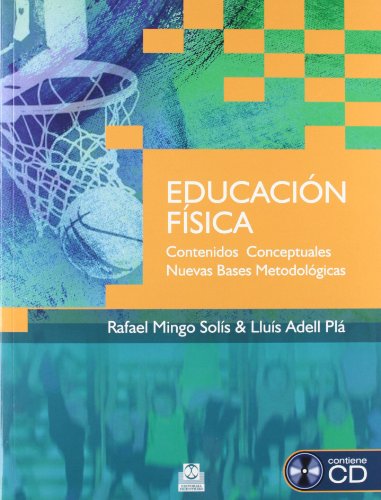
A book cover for EDUCACION FISICA. Contenidos conceptuales nuevas bases metodologicas (Spanish Edition); Rafael Mingo SolÃ­s; Humor & Entertainment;